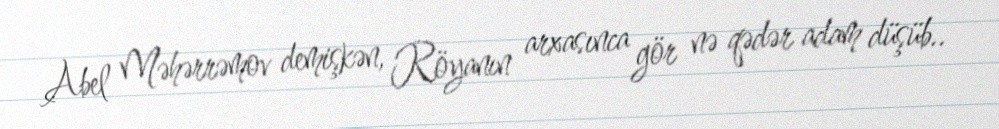
Abel Məhərrəmov demişkən, Röyanın arxasınca gör nə qədər adam düşüb..